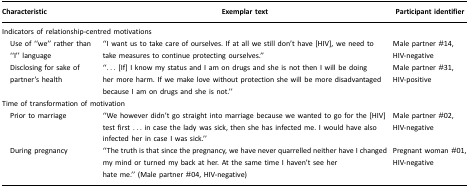
| Characteristic | Exemplar text | Participant identifier |
 | --- | --- | --- |
 | <COLSPAN=3> Indicators of relationship-centred motivations |
 | Use of “we” rather than “I” language | “I want us to take care of ourselves. If at all we still don't have [HIV], we need to take measures to continue protecting ourselves.” | Male partner #14, HIV-negative |
 | Disclosing for sake of partner's health | “... [If] I know my status and I am on drugs and she is not then I will be doing her more harm. If we make love without protection she will be more disadvantaged because I am on drugs and she is not.” | Male partner #31, HIV-positive |
 | <COLSPAN=3> Time of transformation of motivation |
 | Prior to marriage | “We however didn't go straight into marriage because we wanted to go for the [HIV] test first ... in case the lady was sick, then she has infected me. I would have also infected her in case I was sick.” | Male partner #02, HIV-negative |
 | During pregnancy | “The truth is that since the pregnancy, we have never quarrelled neither have I changed my mind or turned my back at her. At the same time I haven't see her hate me.” (Male partner #04, HIV-negative) | Pregnant woman #01, HIV-negative |